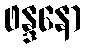
ဖန္ဒနော